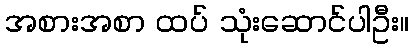
အစားအစာ ထပ် သုံးဆောင်ပါဦး။